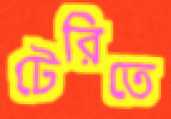
টেরিতে